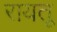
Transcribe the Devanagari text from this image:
रायतू